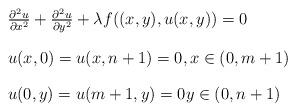
LaTeX: \begin{align*}\begin{array}{l}\frac{\partial ^{2}u}{\partial x^{2}}+\frac{\partial ^{2}u}{\partial y^{2}}+\lambda f((x,y),u(x,y))=0\bigskip \\ u(x,0)=u(x,n+1)=0,x\in (0,m+1)\bigskip \\ u(0,y)=u(m+1,y)=0y\in (0,n+1)\end{array}\end{align*}